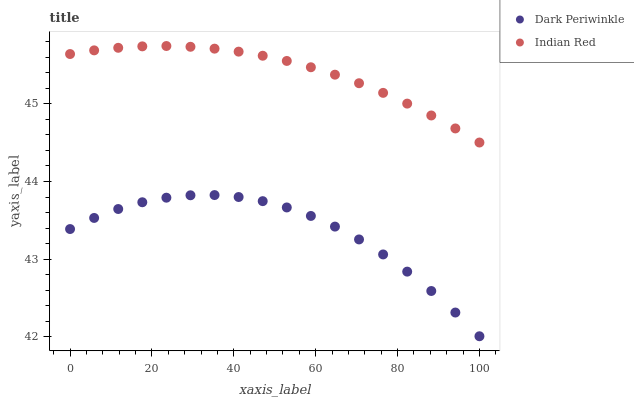
| xaxis_label | Dark Periwinkle | Indian Red |
 | --- | --- | --- |
 | 0 | 43.4 | 45.6 |
 | 5.88 | 43.5 | 45.7 |
 | 11.8 | 43.6 | 45.7 |
 | 17.6 | 43.7 | 45.7 |
 | 23.5 | 43.8 | 45.7 |
 | 29.4 | 43.8 | 45.7 |
 | 35.3 | 43.8 | 45.7 |
 | 41.2 | 43.8 | 45.7 |
 | 47.1 | 43.7 | 45.6 |
 | 52.9 | 43.7 | 45.5 |
 | 58.8 | 43.6 | 45.5 |
 | 64.7 | 43.4 | 45.4 |
 | 70.6 | 43.3 | 45.3 |
 | 76.5 | 43.1 | 45.1 |
 | 82.4 | 42.8 | 45 |
 | 88.2 | 42.6 | 44.8 |
 | 94.1 | 42.3 | 44.7 |
 | 100 | 42 | 44.5 |